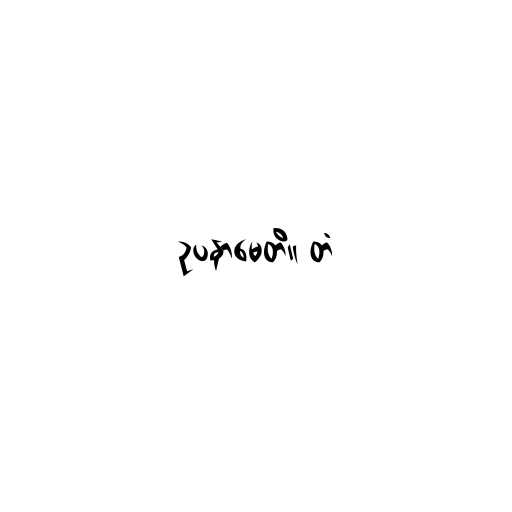
ဥပနာမေတိ။ တံ